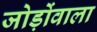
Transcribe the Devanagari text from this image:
जोड़ोंवाला